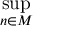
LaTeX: \operatorname* { s u p } _ { n \in M }